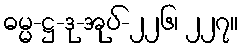
ဓမ္မ-ဋ္ဌ-ဒု-အုပ်-၂၂၆၊ ၂၂၇။